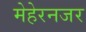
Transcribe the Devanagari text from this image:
मेहेरनजर